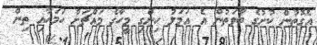
އެގޮތުން ކުށުގެ ބާވަތުން އެ އަމަލު ހިންގި މީހާގެ މައްޗަށް ހަމަހާއި ތިން